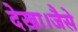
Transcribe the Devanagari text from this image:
देखा।जैसे